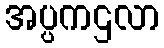
အပ္ပကဌလာ